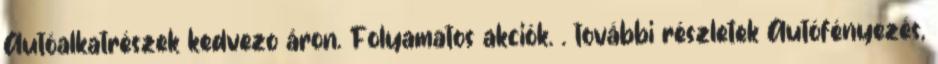
Autóalkatrészek kedvezo áron. Folyamatos akciók. . további részletek Autófényezés,